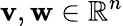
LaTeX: \mathbf{v},\mathbf{w}\in\mathbb{R}^{n}